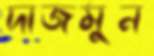
দাজমুন